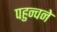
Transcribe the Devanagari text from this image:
पहुन्चने